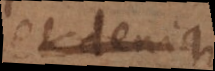
et denique